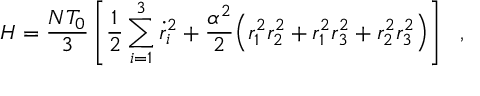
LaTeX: H = \frac { N T _ { 0 } } { 3 } \left[ \frac { 1 } { 2 } \sum _ { i = 1 } ^ { 3 } \dot { r } _ { i } ^ { 2 } + \frac { \alpha ^ { 2 } } { 2 } \Big ( r _ { 1 } ^ { 2 } r _ { 2 } ^ { 2 } + r _ { 1 } ^ { 2 } r _ { 3 } ^ { 2 } + r _ { 2 } ^ { 2 } r _ { 3 } ^ { 2 } \Big ) \right] ~ ~ ,